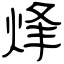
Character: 烽